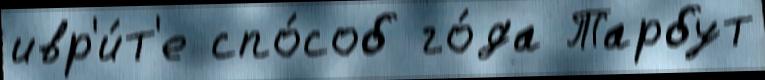
ивр'и́т'е спо́соб го́да Тарбут